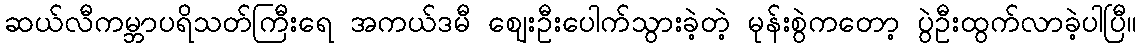
ဆယ်လီကမ္ဘာပရိသတ်ကြီးရေ အကယ်ဒမီ ဈေးဦးပေါက်သွားခဲ့တဲ့ မုန်းစွဲကတော့ ပွဲဦးထွက်လာခဲ့ပါပြီ။